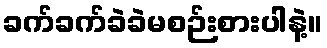
ခက်ခက်ခဲခဲမစဉ်းစားပါနဲ့။